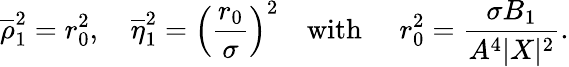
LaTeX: \overline{{{\rho}}}_{1}^{2}=r_{0}^{2},\quad\overline{{{\eta}}}_{1}^{2}=\left(\frac{r_{0}}{\sigma}\right)^{2}\quad\mathrm{with}\quad\, \, r_{0}^{2}=\frac{\sigma B_{1}}{A^{4}|X|^{2}}.